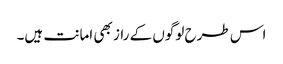
اس طرح لوگوں کے راز بھی امانت ہیں۔